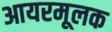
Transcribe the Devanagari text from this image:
आयरमूलक